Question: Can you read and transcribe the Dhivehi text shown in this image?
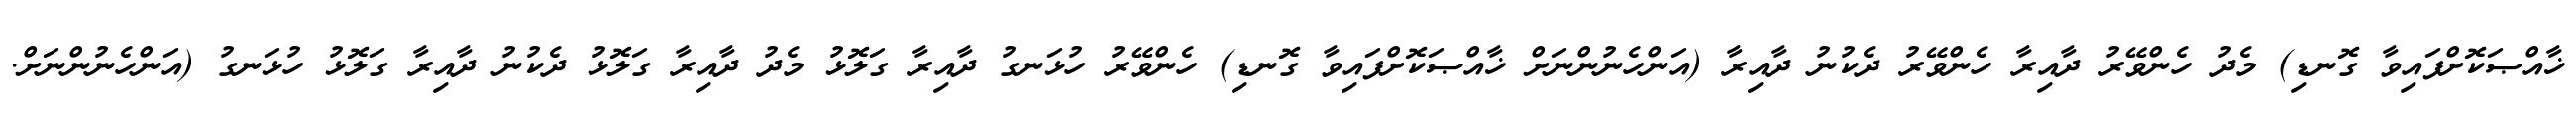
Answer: ޚާއްޞަކޮށްފައިވާ ގޮނޑި) މެދު ހެންވޭރު ދާއިރާ ހެންވޭރު ދެކުނު ދާއިރާ (އަންހެނުންނަށް ޚާއްޞަކޮށްފައިވާ ގޮނޑި) ހެންވޭރު ހުޅަނގު ދާއިރާ ގަލޮޅު މެދު ދާއިރާ ގަލޮޅު ދެކުނު ދާއިރާ ގަލޮޅު ހުޅަނގު (އަންހެނުންނަށް.